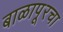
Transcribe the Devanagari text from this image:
बाळापूरचा